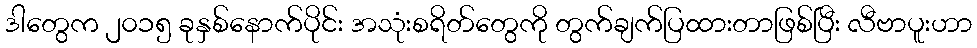
ဒါတွေက ၂၀၁၅ ခုနှစ်နောက်ပိုင်း အသုံးစရိတ်တွေကို တွက်ချက်ပြထားတာဖြစ်ပြီး လီဗာပူးဟာ